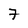
Character: 7